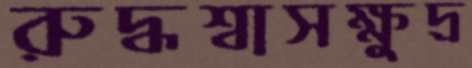
রুদ্ধশ্বাসক্ষুদ্র